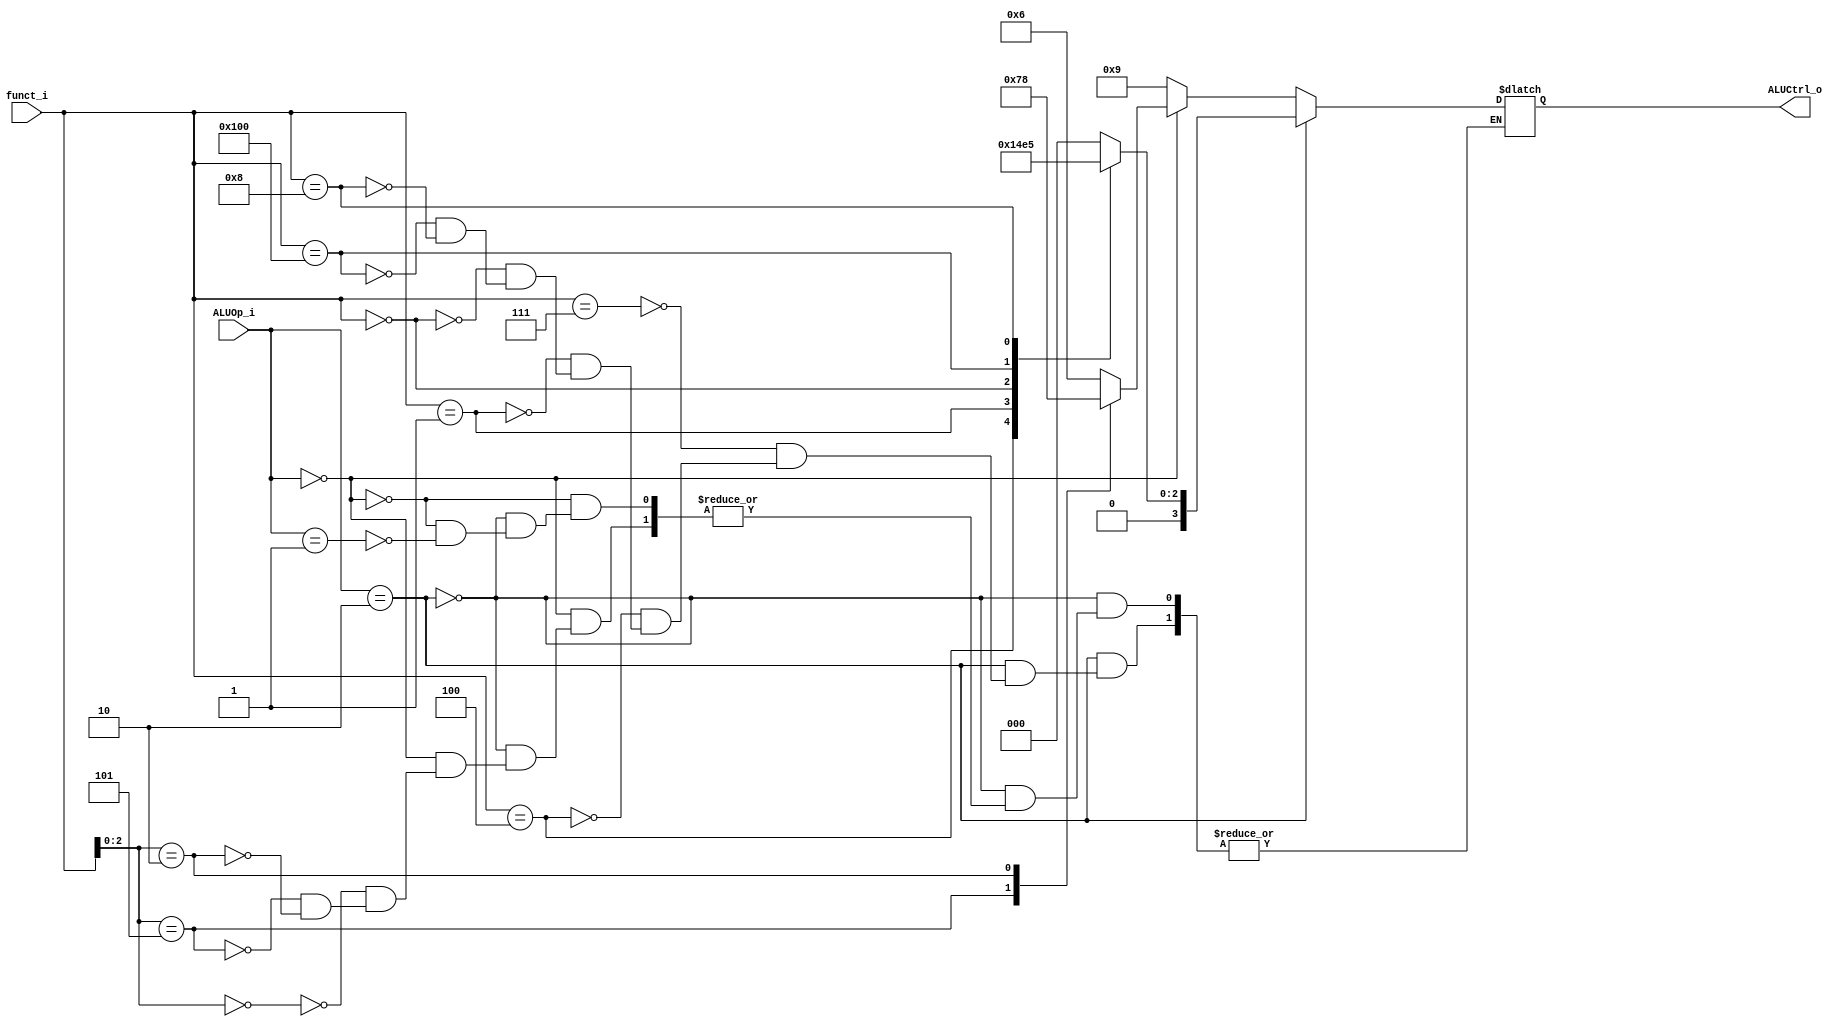
module ALU_Control(
    funct_i,
    ALUOp_i,
    ALUCtrl_o
);

input [9:0] funct_i;
input [1:0] ALUOp_i;
output [3:0] ALUCtrl_o;

reg [3:0] ALUCtrl_o;

always @(funct_i or ALUOp_i) begin
    if (ALUOp_i == 2'b10) begin
        case(funct_i)
            10'b0000000111: ALUCtrl_o=4'b0000;//and
            10'b0000000100: ALUCtrl_o=4'b0001;//xor
            10'b0000000001: ALUCtrl_o=4'b0010;//sll
            10'b0000000000: ALUCtrl_o=4'b0011;//add
            10'b0100000000: ALUCtrl_o=4'b0100;//sub
            10'b0000001000: ALUCtrl_o=4'b0101;//mul
        endcase
    end
    else if(ALUOp_i == 2'b00) begin
        case(funct_i[2:0])
            3'b000: ALUCtrl_o=4'b0110;//addi
            3'b101: ALUCtrl_o=4'b0111;//srai
            3'b010: ALUCtrl_o=4'b1000;//lw,sw
        endcase
    end
    else if(ALUOp_i == 2'b01) begin
        ALUCtrl_o=4'b1001;//beq
    end
end

endmodule